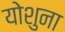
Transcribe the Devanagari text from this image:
योशुना